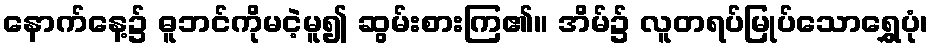
နောက်နေ့၌ ဓူဘင်ကိုမငဲ့မူ၍ ဆွမ်းစားကြ၏။ အိမ်၌ လူတရပ်မြုပ်သောရွှေပုံ၊